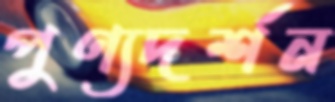
পুণ্যদর্শন